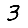
Digit: 3